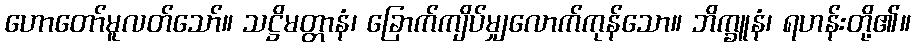
ဟောတော်မူလတ်သော်။ သဋ္ဌိမတ္တာနံ၊ ခြောက်ကျိပ်မျှလောက်ကုန်သော။ ဘိက္ခူနံ၊ ရဟန်းတို့၏။